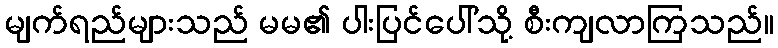
မျက်ရည်များသည် မမ၏ ပါးပြင်ပေါ်သို့ စီးကျလာကြသည်။